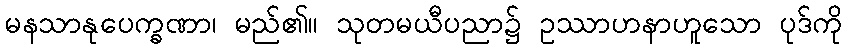
မနသာနုပေက္ခဏာ၊ မည်၏။ သုတမယီပညာ၌ ဥဿာဟနာဟူသော ပုဒ်ကို